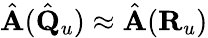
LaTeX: \hat{\mathbf A}(\hat{\mathbf Q}_{u})\approx\hat{\mathbf A}({\mathbf R}_{u})